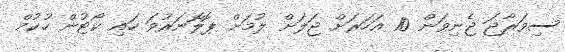
ސިވަރާޖަ ޖެނިވަން 10 އަހަރަށް ޖަލަށް ލުމަށް ޕޮލޮނަރުވަ ހައި ކޯޓުން ހުކުމް